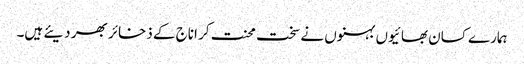
ہمارے کسان بھائیوں بہنوں نے سخت محنت کر اناج کے ذخائر بھر دیئے ہیں۔